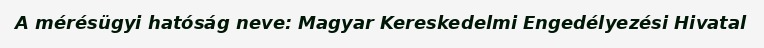
A mérésügyi hatóság neve: Magyar Kereskedelmi Engedélyezési Hivatal